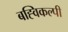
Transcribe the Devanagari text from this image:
बह्विकल्पी